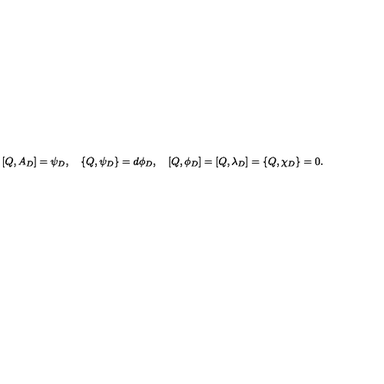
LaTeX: [ Q , A _ { D } ] = \psi _ { D } , \quad \{ Q , \psi _ { D } \} = d \phi _ { D } , \quad [ Q , \phi _ { D } ] = [ Q , \lambda _ { D } ] = \{ Q , \chi _ { D } \} = 0 .